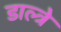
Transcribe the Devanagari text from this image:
डाल्त्रे